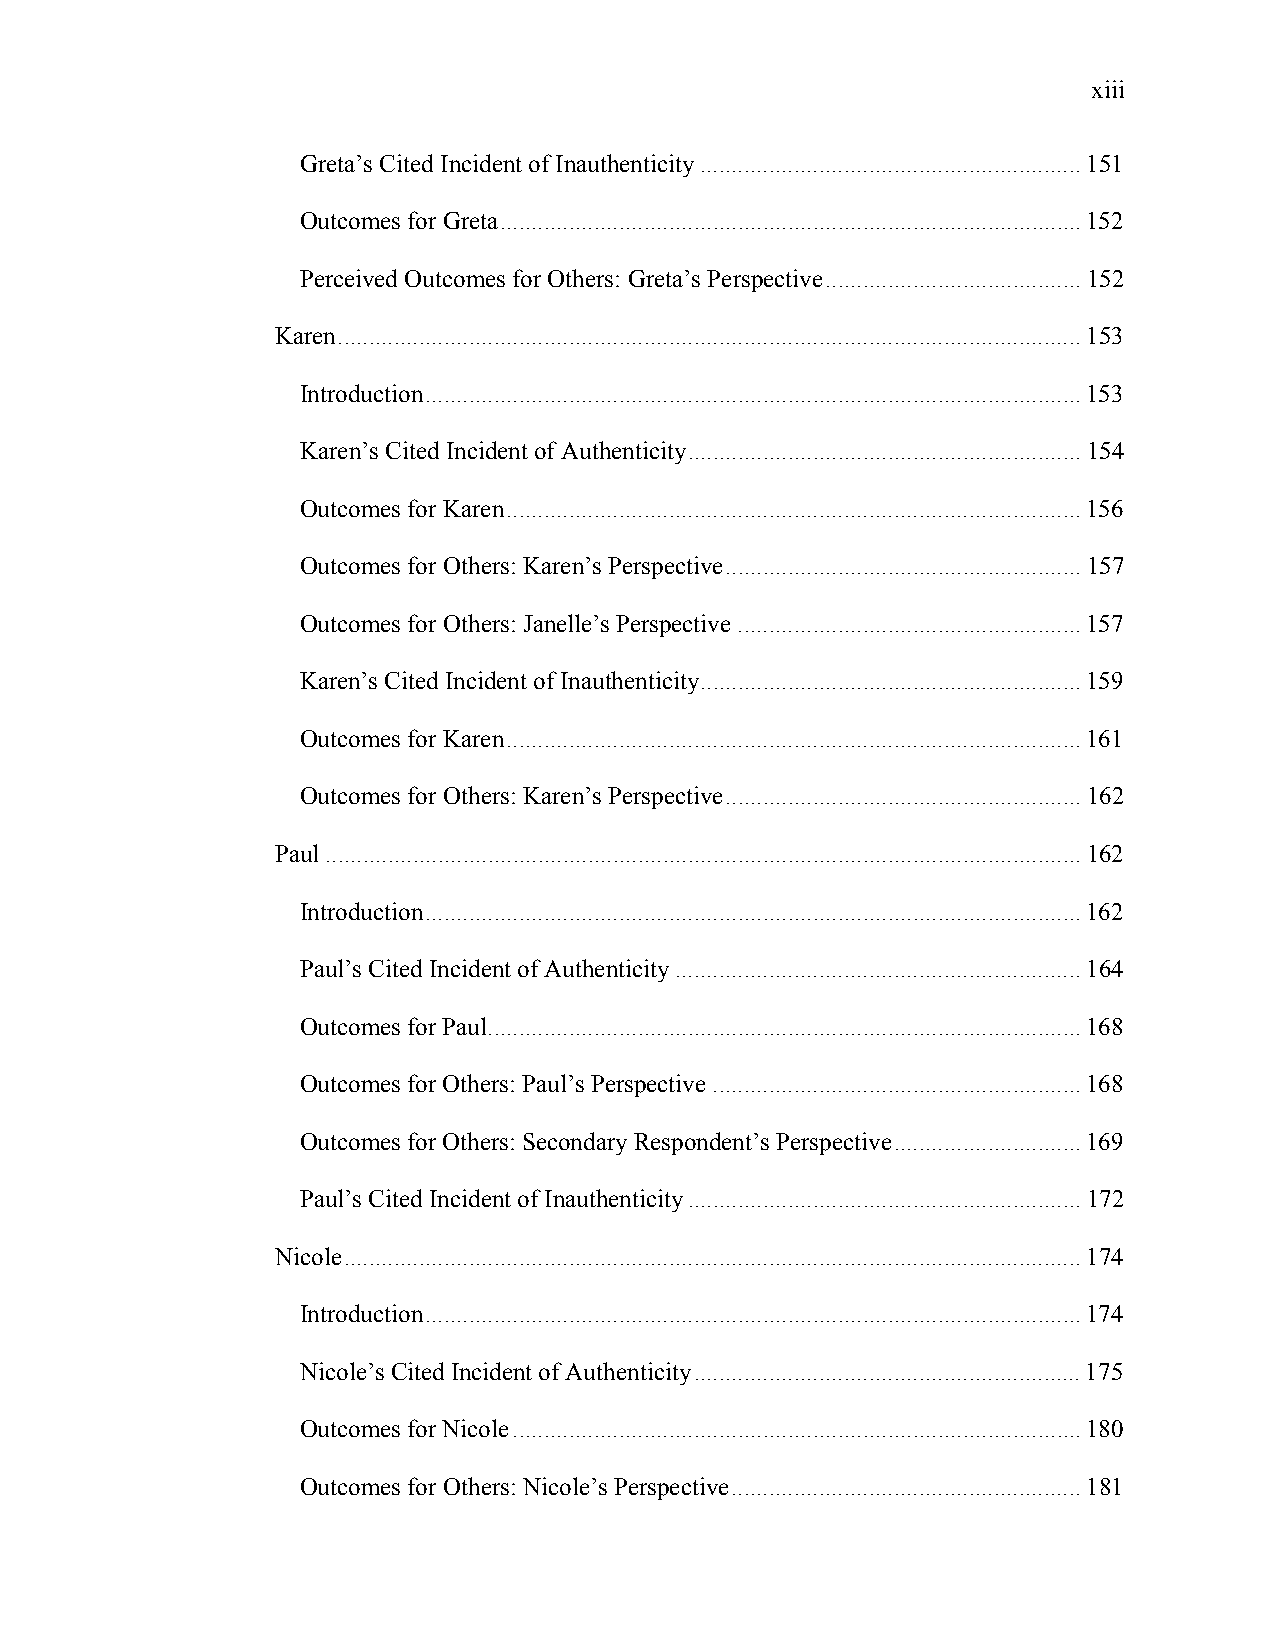
xiii
 Greta’s Cited Incident of Inauthenticity.............................................................151
 Outcomes for Greta.............................................................................................152
 Perceived Outcomes for Others: Greta’s Perspective.........................................152
 Karen.......................................................................................................................153
 Introduction.........................................................................................................153
 Karen’s Cited Incident of Authenticity...............................................................154
 Outcomes for Karen............................................................................................156
 Outcomes for Others: Karen’s Perspective.........................................................157
 Outcomes for Others: Janelle’s Perspective.......................................................157
 Karen’s Cited Incident of Inauthenticity.............................................................159
 Outcomes for Karen............................................................................................161
 Outcomes for Others: Karen’s Perspective.........................................................162
 Paul.........................................................................................................................162
 Introduction.........................................................................................................162
 Paul’s Cited Incident of Authenticity.................................................................164
 Outcomes for Paul...............................................................................................168
 Outcomes for Others: Paul’s Perspective...........................................................168
 Outcomes for Others: Secondary Respondent’s Perspective..............................169
 Paul’s Cited Incident of Inauthenticity...............................................................172
 Nicole......................................................................................................................174
 Introduction.........................................................................................................174
 Nicole’s Cited Incident of Authenticity..............................................................175
 Outcomes for Nicole...........................................................................................180
 Outcomes for Others: Nicole’s Perspective........................................................181